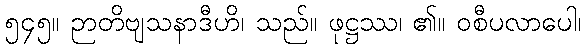
၅၄၅။ ဉာတိဗျသနာဒီဟိ၊ သည်။ ဖုဋ္ဌဿ၊ ၏။ ဝစီပလာပေါ၊